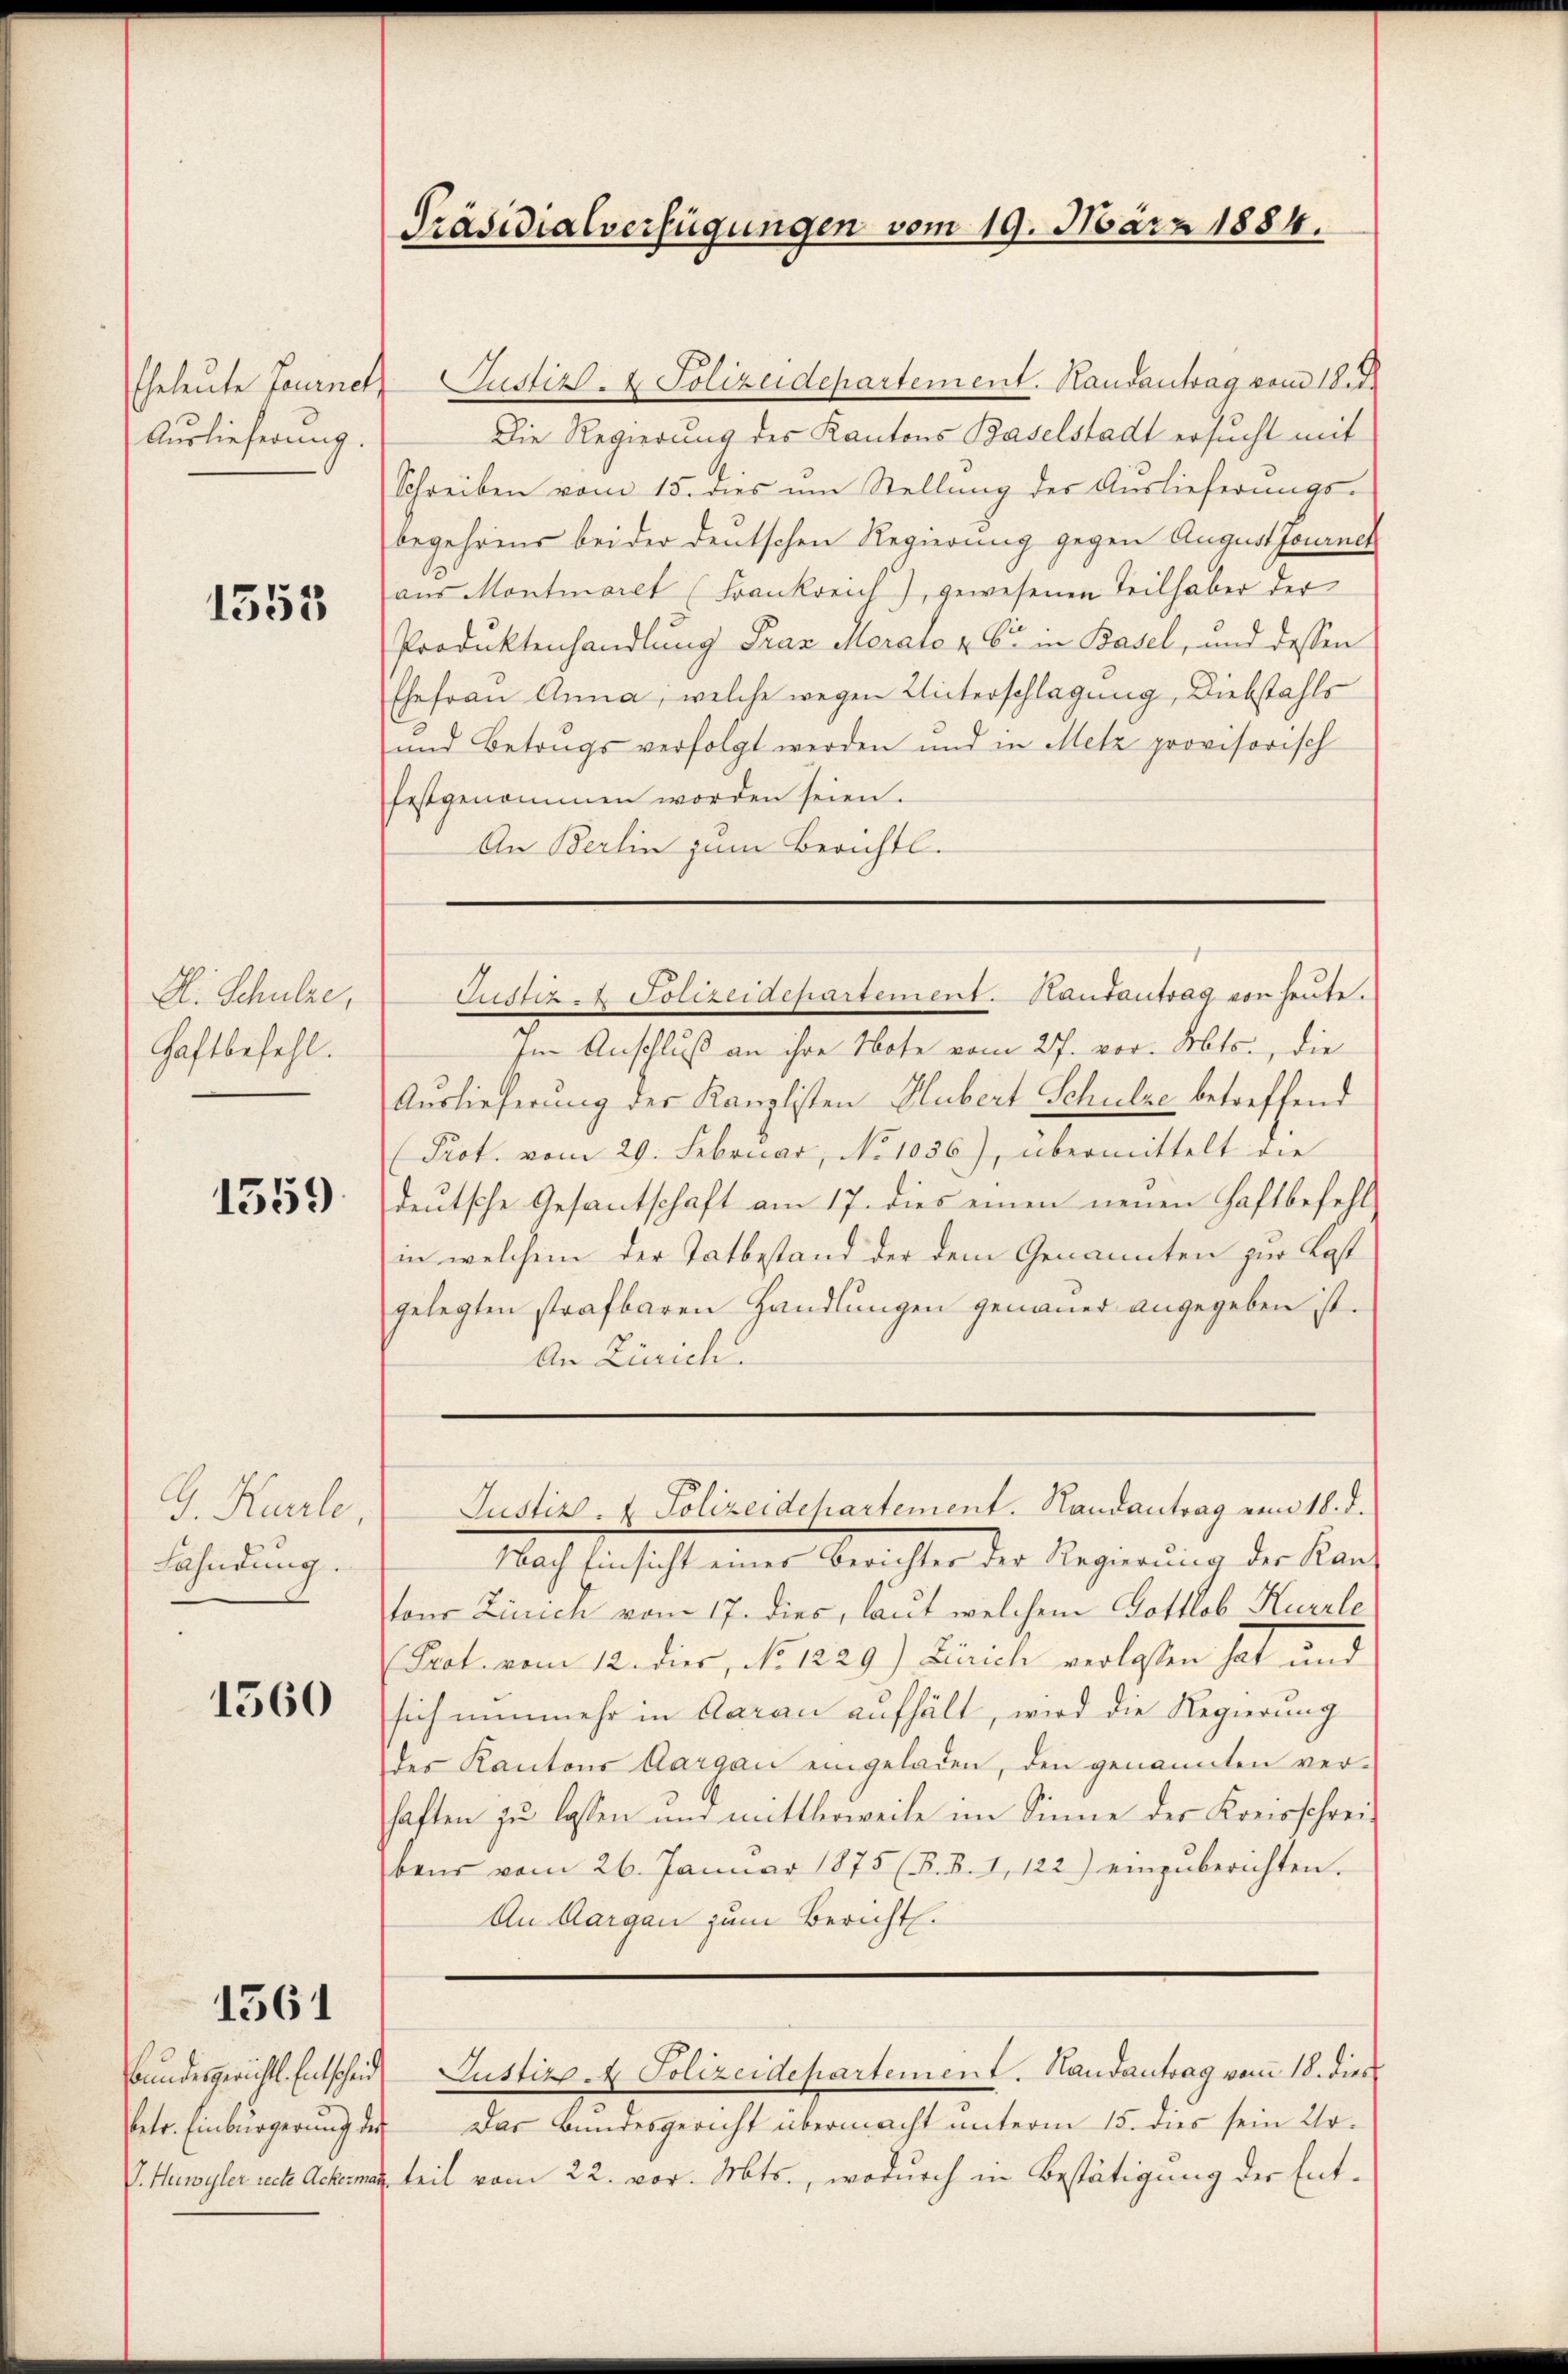
Auslieferung.

1353

D. Schulze,
Haftbefehl.

1559

G. Kurrle,
Fahndung.

1560

1561

Bundesgerichts. Entscheid
Petr. Einbürgerung des
V. Huwyler recte Ackermar

Präsidialverfügungen vom 19. März 1884.

Eheleute Journer Justiz- & Polizeidepartement. Kausantrag vom 18. d.
Die Regierung des Kantons Baselstadt ersucht mit
Schreiben vom 15. dies um Stellung der Auslieferungs-
begehrens bei der deutschen Regierung gegen Augustfourneh
aus Montmaret (Frankreich), gewesenen Teilhaber der
Produktenhandlung Prax Morais & Cie in Basel, und dessen
Ehefrau Anna, welche wegen Unterschlagung, Diebstahls
und Betrugs verfolgt werden und in Metz provisorisch
festgenommen worden seien.
An Berlin zum Berichtl.

Justiz & Polizeidepartement. Hautantrag von heute.
Im Anschluß an ihre Note vom 27. vor. Mts., die
Auslieferung der Kanzlisten Hubert Schulze betreffend
Prot. vom 29. Februar, No 1056), übermittelt die
deutsche Gesantschaft am 17. dies einen neuen Haftbefehl
in welchem der Tatbestand der dem Genannten zur Kost
gelegten strafbaren Handlungen genauer angegeben ist.
An Zürich.

Justiz- & Polizeidchartement. Randantrag von 18. d.

Nach Einsicht eines Berichter der Regierung der Kantons Zürich vom 17. dies, laut welchem Gottlob Kurzle
(Prot. vom 12. dies, No. 1229) Zürich verlassen hat und
sich nunmehr in daran aufhält, wird die Regierung
Der Kantons Aargau eingeladen, den genannten verhaften zu lassen und mittlerweile im Sinne der Kreisschreibens vom 26. Januar 1875 (s. B. I, 122) einzuberichten.
An Aargau zum Bericht.
Justizp. Polizeidepartement. Handantrag vom 18. dies
Das Bundesgericht übermacht unterm 15. dies sein Urteil vom 22. vor. Mts., wodurch in Bestätigung der Ent¬